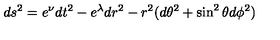
d s ^ { 2 } = e ^ { \nu } d t ^ { 2 } - e ^ { \lambda } d r ^ { 2 } - r ^ { 2 } ( d \theta ^ { 2 } + \sin ^ { 2 } \theta d \phi ^ { 2 } )